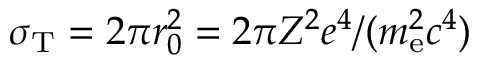
\sigma _ { \mathrm { T } } = 2 \pi r _ { 0 } ^ { 2 } = 2 \pi Z ^ { 2 } e ^ { 4 } / ( m _ { \mathrm { e } } ^ { 2 } c ^ { 4 } )